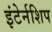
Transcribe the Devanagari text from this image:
इंटेर्नशिप